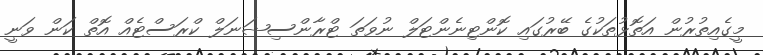
މީގެއިތުރުން އަތޮޅުތަކުގެ ބޭރުގައި ކޮންޓިނެންޓަލް ނުވަތަ ޓްރާންސިޝަނަލް ކްރަސްޓެއް އޮތް ކަން ވަނީ